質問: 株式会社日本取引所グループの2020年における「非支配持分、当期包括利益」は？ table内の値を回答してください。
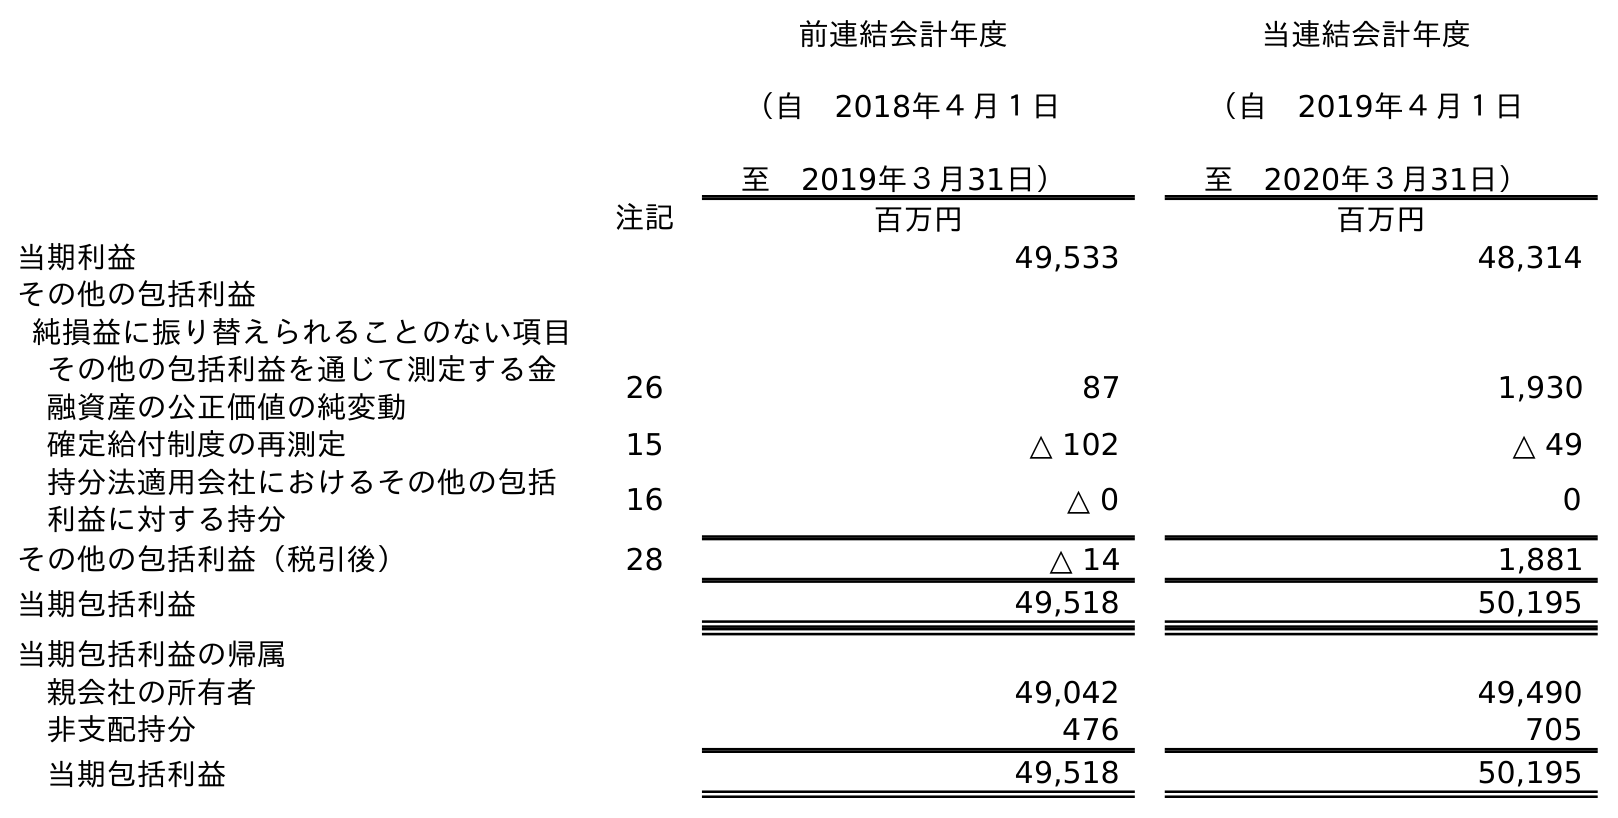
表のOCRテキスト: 前連結会計年度 （自 2018年４月１日 至 2019年３月31日） 当連結会計年度 （自 2019年４月１日 至 2020年３月31日） 注記 百万円 百万円 当期利益 49,533 48,314 その他の包括利益 純損益に振り替えられることのない項目 その他の包括利益を通じて測定する金 融資産の公正価値の純変動 26 87 1,930 確定給付制度の再測定 15 △ 102 △ 49 持分法適用会社におけるその他の包括 利益に対する持分 16 △ 0 0 その他の包括利益（税引後） 28 △ 14 1,881 当期包括利益 49,518 50,195 当期包括利益の帰属 親会社の所有者 49,042 49,490 非支配持分 476 705 当期包括利益 49,518 50,195
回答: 705